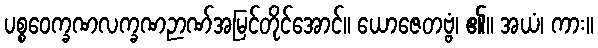
ပစ္စဝေက္ခဏလက္ခဏဉာဏ်အမြင်တိုင်အောင်။ ယောဇေတဗ္ဗံ၊ ၏။ အယံ၊ ကား။